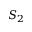
S _ { 2 }